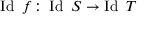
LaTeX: \operatorname { I d } \ f \colon \operatorname { I d } \ S \to \operatorname { I d } \ T